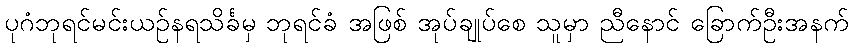
ပုဂံဘုရင်မင်းယဉ်နရသိင်္ခမှ ဘုရင်ခံ အဖြစ် အုပ်ချုပ်စေ သူမှာ ညီနောင် ခြောက်ဦးအနက်